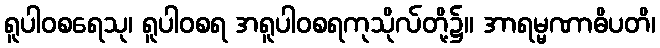
ရူပါဝစရေသု၊ ရူပါဝစရ အရူပါဝစရကုသိုလ်တို့၌။ အာရမ္မဏာဓိပတိ၊